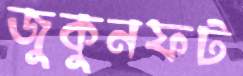
জুকুনফট